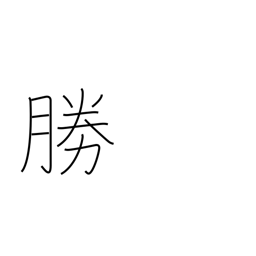
Meaning: prevail